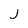
Character: J